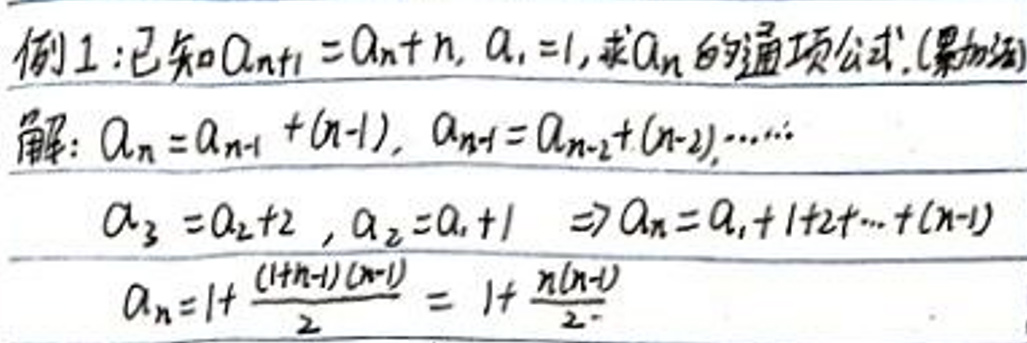
例1: 已知\(a_{n+1}=a_n + n\)，\(a_1 = 1\)，求\(a_n\)的通项公式。(累加法)

解：\(a_n = a_{n - 1}+(n - 1)\)，\(a_{n - 1}=a_{n - 2}+(n - 2)\)，\(\cdots\)

\(a_3 = a_2 + 2\)，\(a_2 = a_1+1\)

\(\Rightarrow a_n = a_1+1 + 2+\cdots+(n - 1)\)

\(a_n = 1+\frac{(1 + n - 1)(n - 1)}{2}=1+\frac{n(n - 1)}{2}\)